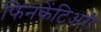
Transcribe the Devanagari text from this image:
फिनकेंटिअरी